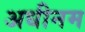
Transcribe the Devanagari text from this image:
अधीनम